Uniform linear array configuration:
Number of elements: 64
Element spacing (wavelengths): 0.25
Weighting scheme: exponential
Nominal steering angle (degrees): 15
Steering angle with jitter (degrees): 15.339
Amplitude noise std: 0.05
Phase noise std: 0.05

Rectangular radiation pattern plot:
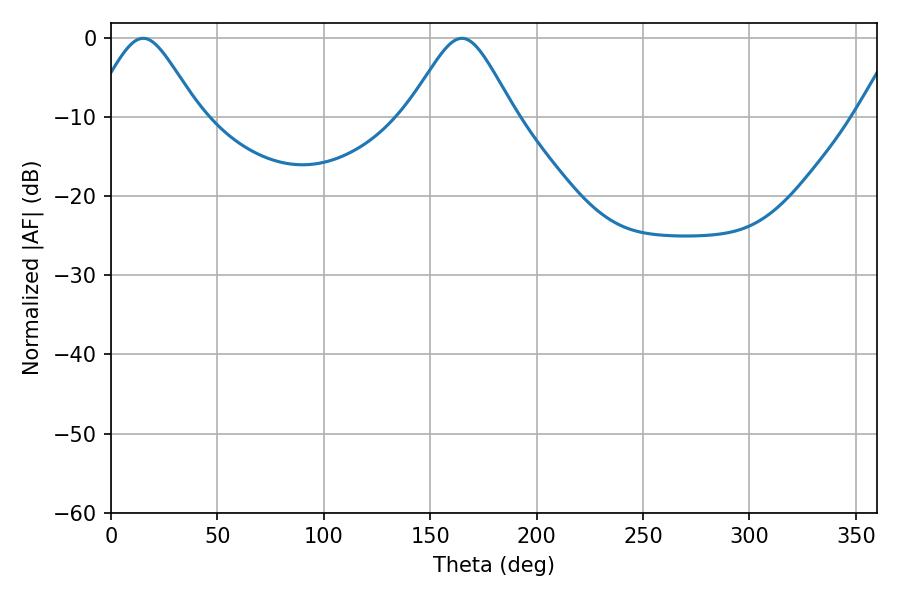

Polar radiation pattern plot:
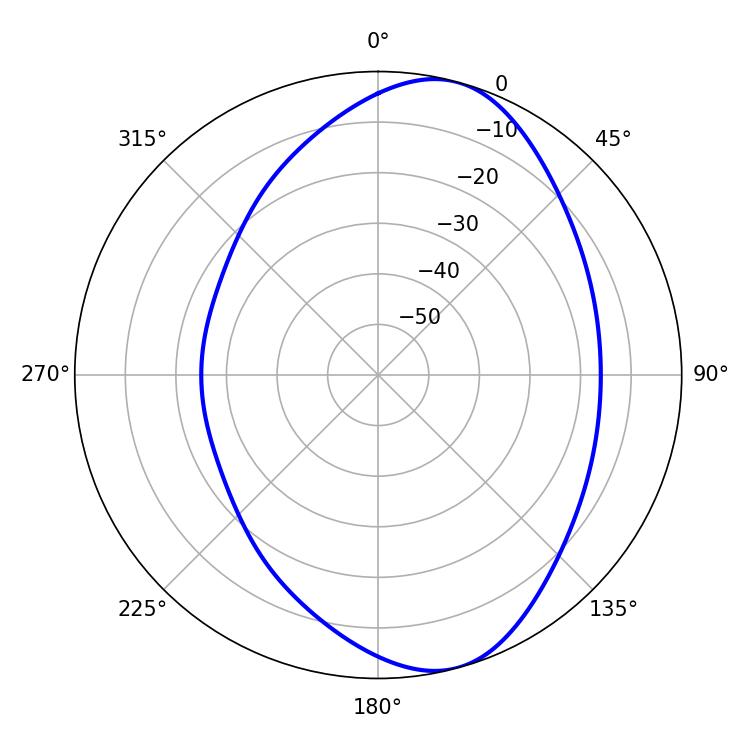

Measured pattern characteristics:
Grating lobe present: FALSE
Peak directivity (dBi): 8.234
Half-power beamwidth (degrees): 24.48
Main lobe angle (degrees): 15.12